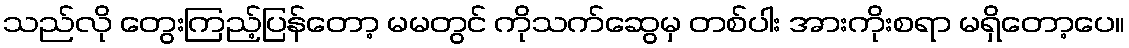
သည်လို တွေးကြည့်ပြန်တော့ မမတွင် ကိုသက်ဆွေမှ တစ်ပါး အားကိုးစရာ မရှိတော့ပေ။